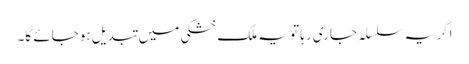
اگر یہ سلسلہ جاری رہا تو یہ ملک خشکی میں تبدیل ہوجائے گا۔